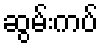
ဆွမ်းကပ်